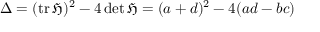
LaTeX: \Delta = ( \operatorname { t r } { \mathfrak { H } } ) ^ { 2 } - 4 \det { \mathfrak { H } } = ( a + d ) ^ { 2 } - 4 ( a d - b c )